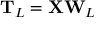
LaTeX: \mathbf { T } _ { L } = \mathbf { X } \mathbf { W } _ { L }